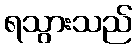
ရသွားသည်